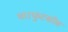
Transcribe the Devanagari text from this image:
था।फुटबॉल